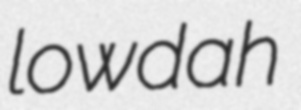
lowdah